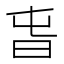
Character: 旾